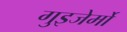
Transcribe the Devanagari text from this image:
गुइजेर्मो